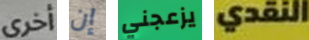
أخرى إن يزعجني النقدي